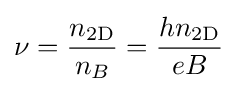
\nu ={\frac {n_{\rm {2D}}}{n_{B}}}={\frac {hn_{\rm {2D}}}{eB}}